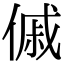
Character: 傶